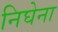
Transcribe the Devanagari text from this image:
निघेना